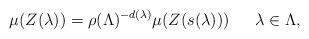
LaTeX: \begin{align*}\mu(Z(\lambda))=\rho(\Lambda)^{-d(\lambda)}\mu (Z(s(\lambda)))\quad\;\; \lambda\in\Lambda,\end{align*}